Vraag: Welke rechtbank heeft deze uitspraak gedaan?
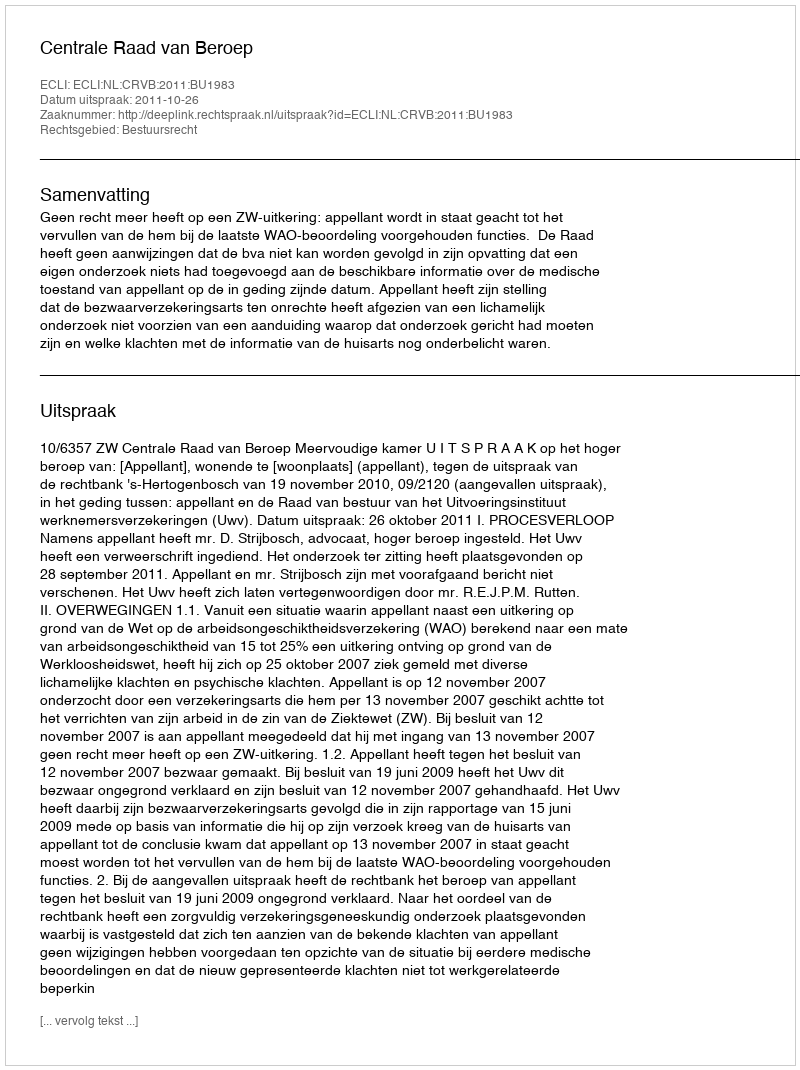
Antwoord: Centrale Raad van Beroep